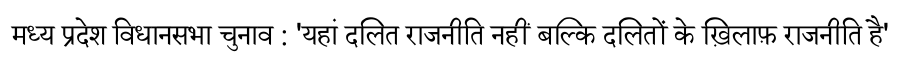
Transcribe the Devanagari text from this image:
मध्य प्रदेश विधानसभा चुनाव : 'यहां दलित राजनीति नहीं बल्कि दलितों के ख़िलाफ़ राजनीति है'